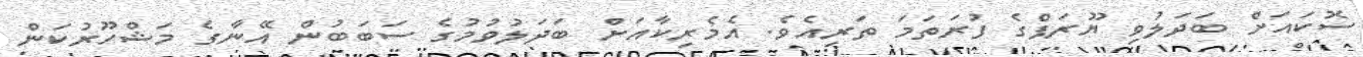
ސޮކައަށް ބަދަލުވި ޔޫރަޕްގެ ފުރަތަމަ ތަރިއެވެ. އެމެރިކާއަށް ބަދަލުވުމުގެ ސަބަބުން އޭނާގެ މަޝްހޫރުކަން